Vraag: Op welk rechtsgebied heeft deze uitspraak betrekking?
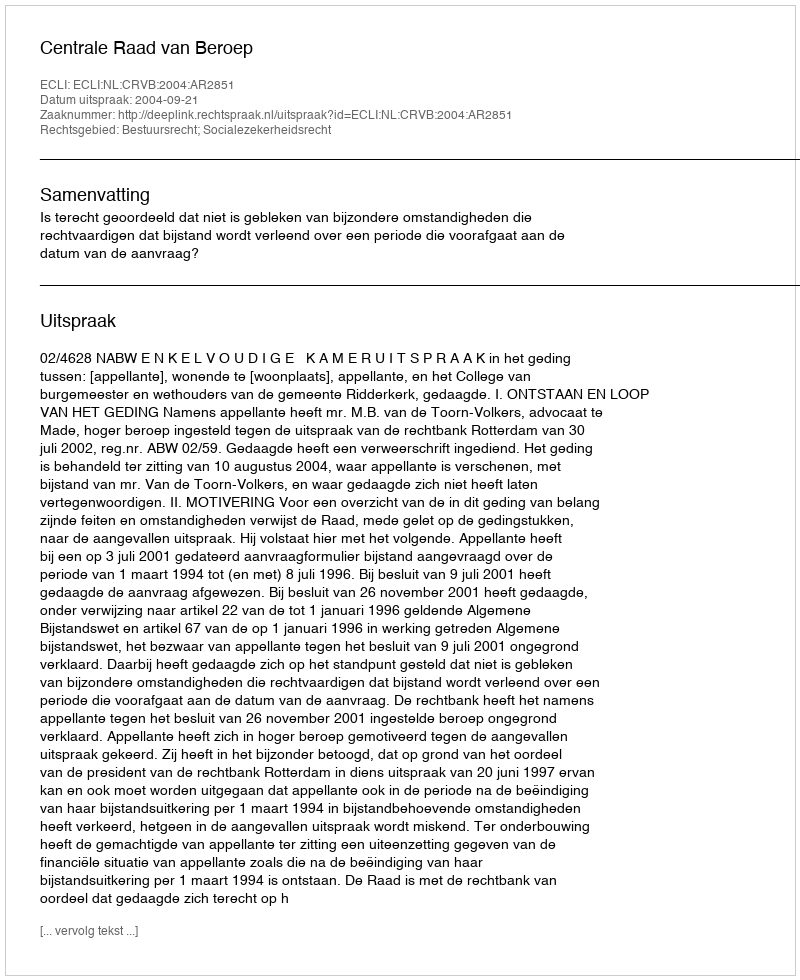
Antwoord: Bestuursrecht; Socialezekerheidsrecht